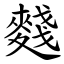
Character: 䴼